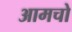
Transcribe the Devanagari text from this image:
आमचो